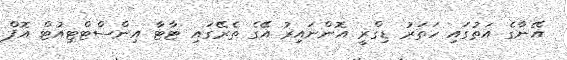
އޭނާގެ އަތުގައި ހަތަރު ޑިގްރީ އޮންނައިރު އޭގެ ތެރޭގައި ޓާޓާ އިންސްޓްޓިއުޓް އޮފް